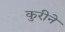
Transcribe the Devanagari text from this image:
कुरीने